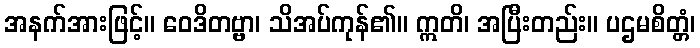
အနက်အားဖြင့်။ ဝေဒိတဗ္ဗာ၊ သိအပ်ကုန်၏။ ဣတိ၊ အပြီးတည်း။ ပဌမစိတ္တံ၊